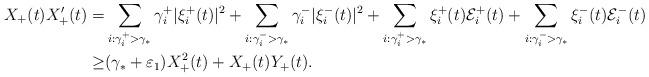
LaTeX: \begin{align*} X_+(t)X_+'(t) =&\sum_{i:\gamma^+_i>\gamma_*} \gamma^+_i|\xi_i^+(t)|^2+\sum_{i:\gamma^-_i>\gamma_*} \gamma^-_i|\xi_i^-(t)|^2 + \sum_{i:\gamma^+_i>\gamma_*} \xi_i^+(t)\mathcal{E}^+_i(t) +\sum_{i:\gamma^-_i>\gamma_*} \xi_i^-(t)\mathcal{E}^-_i(t)\\ \geq &(\gamma_*+\varepsilon_1) X^2_+(t) +X_+(t)Y_+(t).\end{align*}